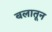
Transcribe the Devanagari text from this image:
बलातून